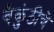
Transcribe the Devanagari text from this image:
वैकुंठीचें